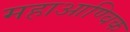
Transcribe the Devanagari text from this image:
महाआण्विक